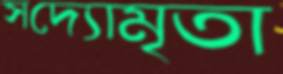
সদ্যোমৃতা